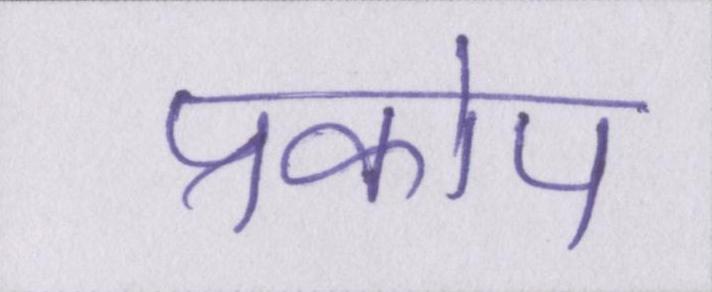
प्रकोप